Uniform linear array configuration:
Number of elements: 16
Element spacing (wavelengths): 0.75
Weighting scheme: kaiser
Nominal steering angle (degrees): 30
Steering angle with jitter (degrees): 31.041
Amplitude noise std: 0.05
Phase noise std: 0.05

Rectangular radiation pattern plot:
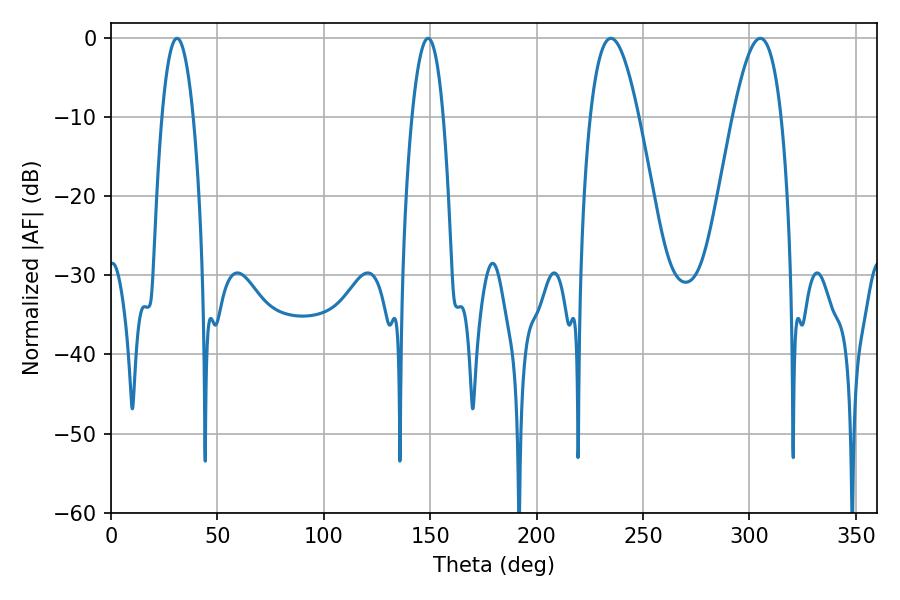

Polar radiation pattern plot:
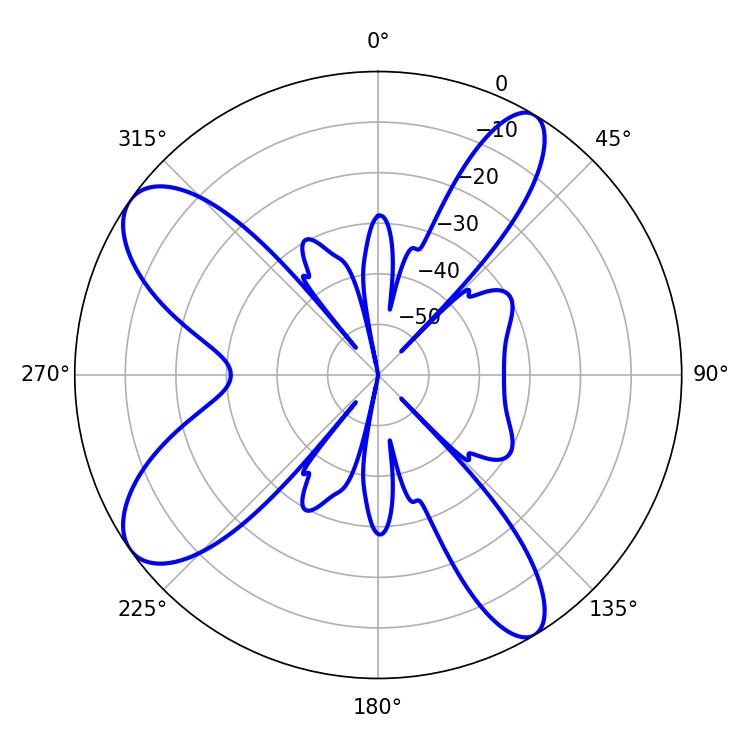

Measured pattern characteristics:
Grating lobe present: TRUE
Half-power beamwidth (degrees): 12.42
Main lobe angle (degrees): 234.9